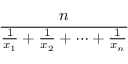
\frac { n } { { \frac { 1 } { x _ { 1 } } } + { \frac { 1 } { x _ { 2 } } } + \cdots + { \frac { 1 } { x _ { n } } } }